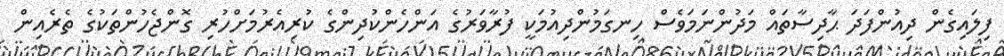
ފިލައިގެން ދިއުންފަދަ ޙާދިސާތައް މަދުންނަމަވެސް ހިނގަމުންދިއުމަކީ ފުރާވަރުގެ އަންހެންކުދިންގެ ކުރިއެރުމަށްހުރި ގޮންޖެހުންތަކުގެ ތެރެއިން